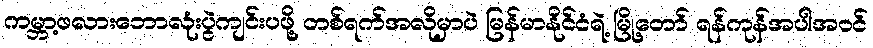
ကမ္ဘာ့ဖလားဘောလုံးပွဲကျင်းပဖို့ တစ်ရက်အလိုမှာပဲ မြန်မာနိုင်ငံရဲ့ မြို့တော် ရန်ကုန်အပါအဝင်